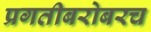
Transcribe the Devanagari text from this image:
प्रगतीबरोबरच